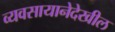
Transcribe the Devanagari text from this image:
व्यवसायानेदेखील